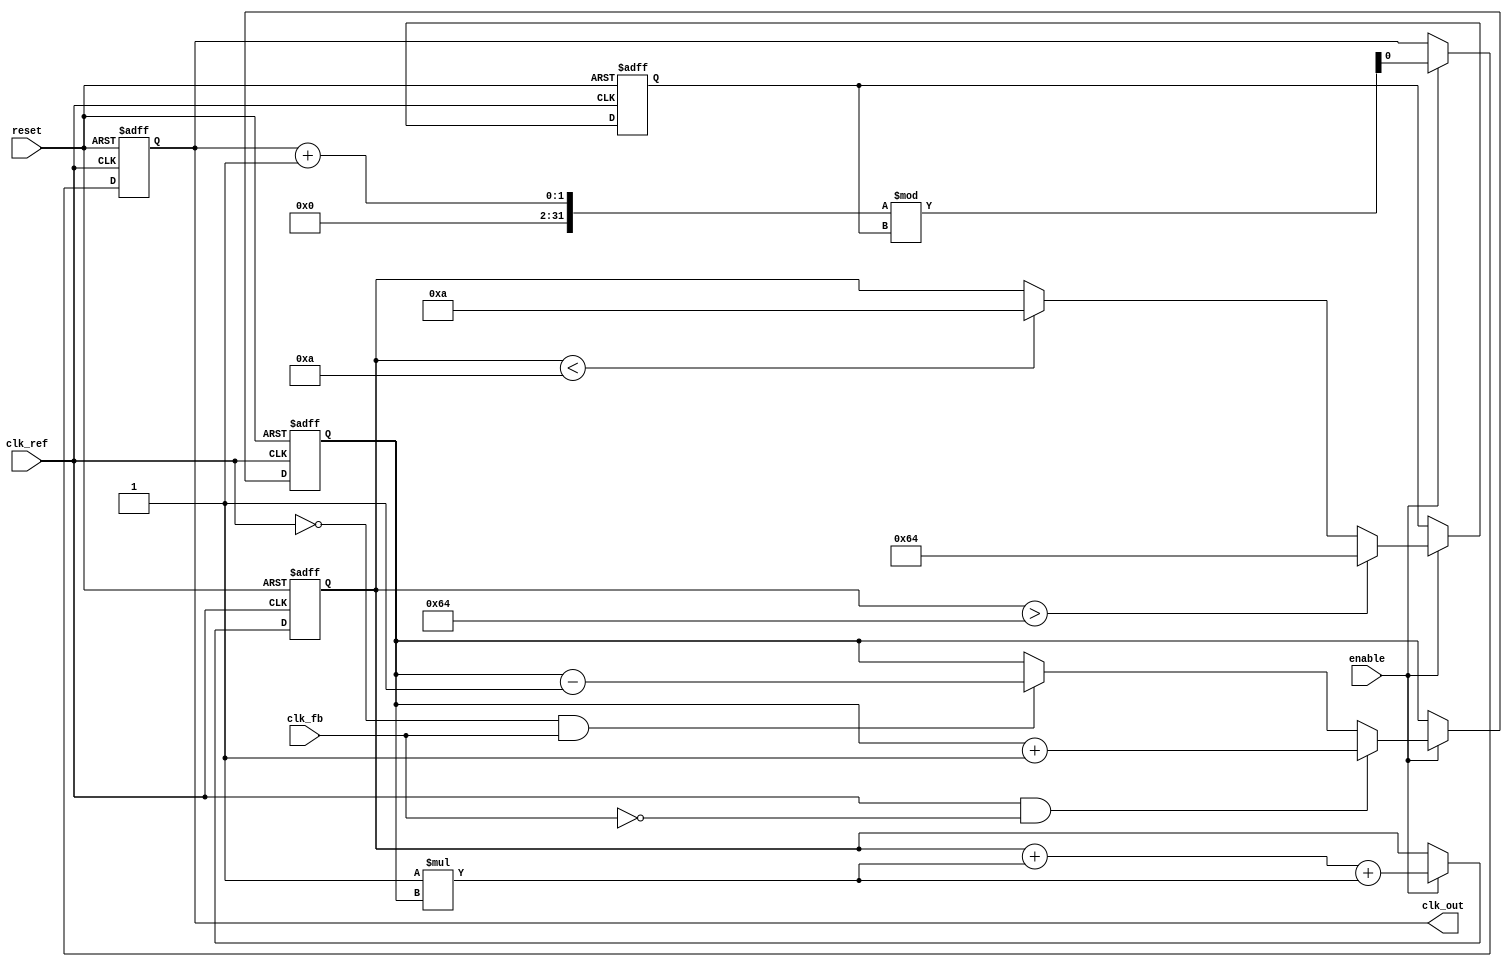
module MemoryBlocksPLL (
    input wire clk_ref,          // Reference clock
    input wire clk_fb,           // Feedback clock
    input wire reset,            // Reset signal
    input wire enable,           // Enable signal
    output reg clk_out           // Output clock
);

// Parameters
parameter N = 8;                // Number of bits for phase information
parameter Kp = 1;               // Proportional gain for loop filter
parameter Ki = 1;               // Integral gain for loop filter
parameter VCO_MAX_FREQ = 100;   // Max frequency for VCO
parameter VCO_MIN_FREQ = 10;     // Min frequency for VCO

// Internal signals
reg [N-1:0] phase_error;        // Phase error signal
reg [N-1:0] control_voltage;     // Control voltage for VCO
reg [N-1:0] vco_freq;            // VCO frequency
reg [N-1:0] memory_block [0:15]; // Memory blocks for phase information
integer i;

// Phase Detector
always @(posedge clk_ref or posedge reset) begin
    if (reset) begin
        phase_error <= 0;
    end else if (enable) begin
        // Simple phase detection logic (example)
        if (clk_ref && !clk_fb) begin
            phase_error <= phase_error + 1; // Phase leading
        end else if (!clk_ref && clk_fb) begin
            phase_error <= phase_error - 1; // Phase lagging
        end
    end
end

// Loop Filter (PI Controller)
always @(posedge clk_ref or posedge reset) begin
    if (reset) begin
        control_voltage <= 0;
    end else if (enable) begin
        control_voltage <= control_voltage + (Kp * phase_error) + (Ki * phase_error); // PI control
    end
end

// Voltage-Controlled Oscillator (VCO)
always @(posedge clk_ref or posedge reset) begin
    if (reset) begin
        vco_freq <= VCO_MIN_FREQ;
        clk_out <= 0;
    end else if (enable) begin
        // Adjust VCO frequency based on control voltage
        if (control_voltage > VCO_MAX_FREQ) begin
            vco_freq <= VCO_MAX_FREQ;
        end else if (control_voltage < VCO_MIN_FREQ) begin
            vco_freq <= VCO_MIN_FREQ;
        end else begin
            vco_freq <= control_voltage;
        end
        
        // Generate output clock based on VCO frequency
        clk_out <= (clk_out + 1) % (vco_freq); // Simplified clock generation
    end
end

// Memory Blocks for phase information
always @(posedge clk_ref or posedge reset) begin
    if (reset) begin
        for (i = 0; i < 16; i = i + 1) begin
            memory_block[i] <= 0; // Initialize memory blocks
        end
    end else if (enable) begin
        // Store phase information in memory blocks (example)
        memory_block[0] <= phase_error; // Store current phase error
        // Additional logic can be added for adaptive filtering or phase correction
    end
end

endmodule